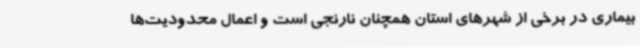
بیماری در برخی از شهرهای استان همچنان نارنجی است و اعمال محدودیت‌ها